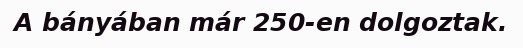
A bányában már 250-en dolgoztak.